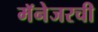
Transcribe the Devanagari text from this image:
मॅनेजरची